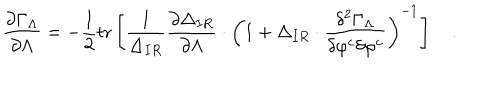
{ \frac { \partial \Gamma _ { \Lambda } } { \partial \Lambda } } = - { \frac { 1 } { 2 } } \mathrm { t r } \left[ { \frac { 1 } { \Delta _ { I R } } } { \frac { \partial \Delta _ { I R } } { \partial \Lambda } } \cdot \left( 1 + \Delta _ { I R } \cdot { \frac { \delta ^ { 2 } \Gamma _ { \Lambda } } { \delta \varphi ^ { c } \delta \varphi ^ { c } } } \right) ^ { - 1 } \right] \quad .